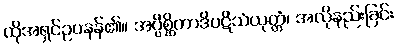
ထိုအရှင်ဥပနန်၏။ အပ္ပိစ္ဆိတာဒိပဋိသံယုတ္တံ၊ အလိုနည်းခြင်း